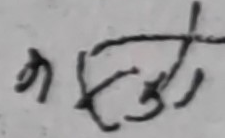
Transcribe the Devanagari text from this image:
नगढ